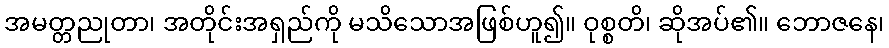
အမတ္တညုတာ၊ အတိုင်းအရှည်ကို မသိသောအဖြစ်ဟူ၍။ ဝုစ္စတိ၊ ဆိုအပ်၏။ ဘောဇနေ၊